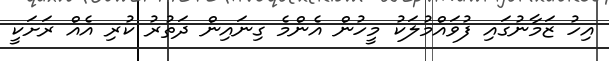
އިހު ޒަމާނުގައި ފުވައްމުލަކު މީހުން އެންމެ ގިނައިން ދަތުރު ކުރި އެއް ރަށަކީ